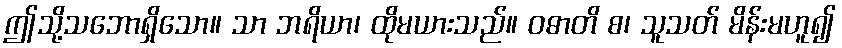
ဤသို့သဘောရှိသော။ သာ ဘရိယာ၊ ထိုမယားသည်။ ဝဓာတိ စ၊ သူသတ် မိန်းမဟူ၍